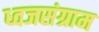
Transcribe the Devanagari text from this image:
ध्वजसंग्राम